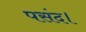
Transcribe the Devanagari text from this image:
पसंद।